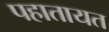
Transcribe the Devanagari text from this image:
पहातायत